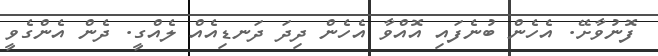
ފޮނުވާށޭ. އެހެން ބުނެފައި އޮއްވާ އެހެން ދިދަ ދަނޑިއެއް ލެއްގީ. ދެން އެންގެވީ